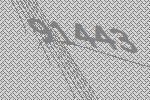
91443